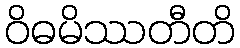
ဝိဓမိဿတီတိ